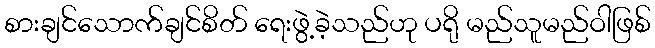
စားချင်သောက်ချင်စိတ် ရေးဖွဲ့ခဲ့သည်ဟု ပရို မည်သူမည်ဝါဖြစ်